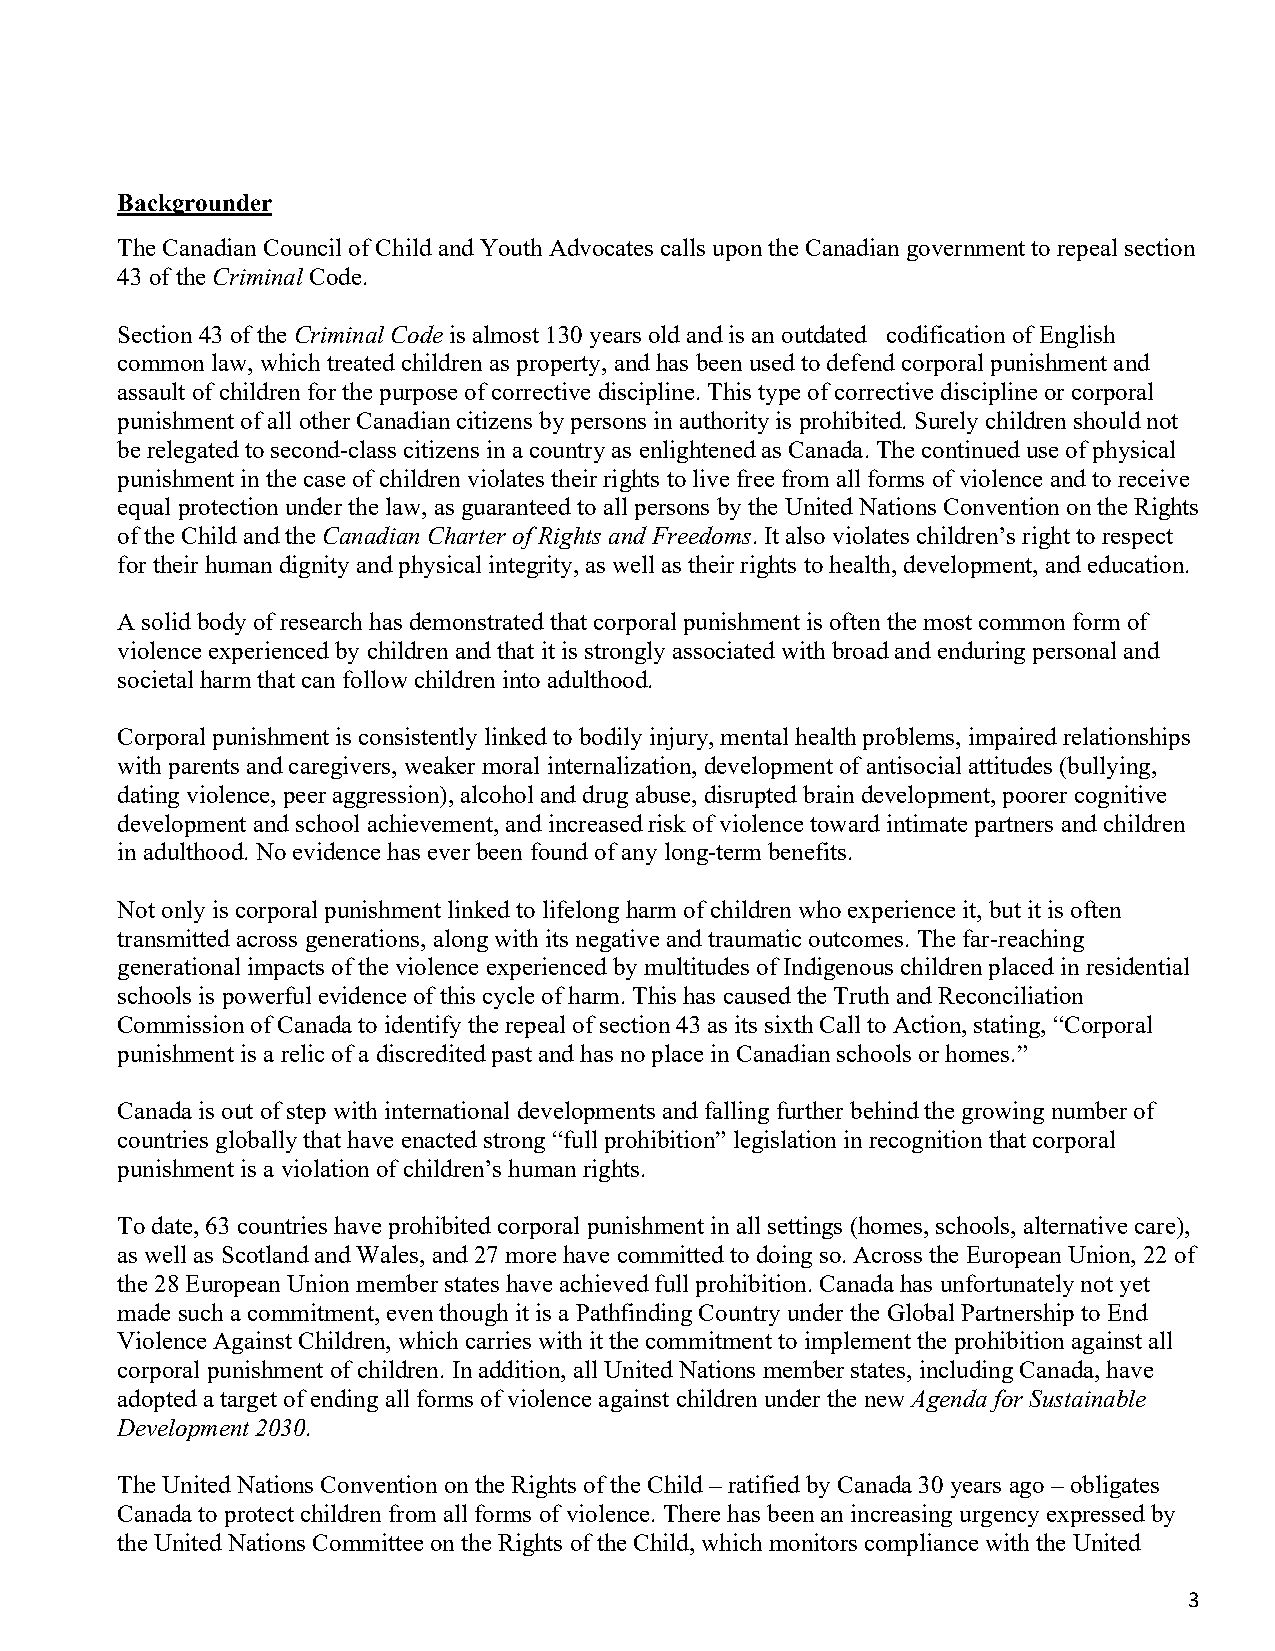
Backgrounder
 The Canadian Council of Child and Youth Advocates calls upon the Canadian government to repeal section
 43 of the Criminal Code.
 Section 43 of the Criminal Code is almost 130 years old and is an outdated codification of English
 common law, which treated children as property, and has been used to defend corporal punishment and
 assault of children for the purpose of corrective discipline. This type of corrective discipline or corporal
 punishment of all other Canadian citizens by persons in authority is prohibited. Surely children should not
 be relegated to second-class citizens in a country as enlightened as Canada. The continued use of physical
 punishment in the case of children violates their rights to live free from all forms of violence and to receive
 equal protection under the law, as guaranteed to all persons by the United Nations Convention on the Rights
 of the Child and the Canadian Charter of Rights and Freedoms. It also violates children’s right to respect
 for their human dignity and physical integrity, as well as their rights to health, development, and education.
 A solid body of research has demonstrated that corporal punishment is often the most common form of
 violence experienced by children and that it is strongly associated with broad and enduring personal and
 societal harm that can follow children into adulthood.
 Corporal punishment is consistently linked to bodily injury, mental health problems, impaired relationships
 with parents and caregivers, weaker moral internalization, development of antisocial attitudes (bullying,
 dating violence, peer aggression), alcohol and drug abuse, disrupted brain development, poorer cognitive
 development and school achievement, and increased risk of violence toward intimate partners and children
 in adulthood. No evidence has ever been found of any long-term benefits.
 Not only is corporal punishment linked to lifelong harm of children who experience it, but it is often
 transmitted across generations, along with its negative and traumatic outcomes. The far-reaching
 generational impacts of the violence experienced by multitudes of Indigenous children placed in residential
 schools is powerful evidence of this cycle of harm. This has caused the Truth and Reconciliation
 Commission of Canada to identify the repeal of section 43 as its sixth Call to Action, stating, “Corporal
 punishment is a relic of a discredited past and has no place in Canadian schools or homes.”
 Canada is out of step with international developments and falling further behind the growing number of
 countries globally that have enacted strong “full prohibition” legislation in recognition that corporal
 punishment is a violation of children’s human rights.
 To date, 63 countries have prohibited corporal punishment in all settings (homes, schools, alternative care),
 as well as Scotland and Wales, and 27 more have committed to doing so. Across the European Union, 22 of
 the 28 European Union member states have achieved full prohibition. Canada has unfortunately not yet
 made such a commitment, even though it is a Pathfinding Country under the Global Partnership to End
 Violence Against Children, which carries with it the commitment to implement the prohibition against all
 corporal punishment of children. In addition, all United Nations member states, including Canada, have
 adopted a target of ending all forms of violence against children under the new Agenda for Sustainable
 Development 2030.
 The United Nations Convention on the Rights of the Child – ratified by Canada 30 years ago – obligates
 Canada to protect children from all forms of violence. There has been an increasing urgency expressed by
 the United Nations Committee on the Rights of the Child, which monitors compliance with the United
 3